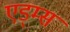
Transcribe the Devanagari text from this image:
एड्म्स